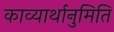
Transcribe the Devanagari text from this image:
काव्यार्थानुमिति